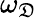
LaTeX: \omega_{\mathfrak{D}}